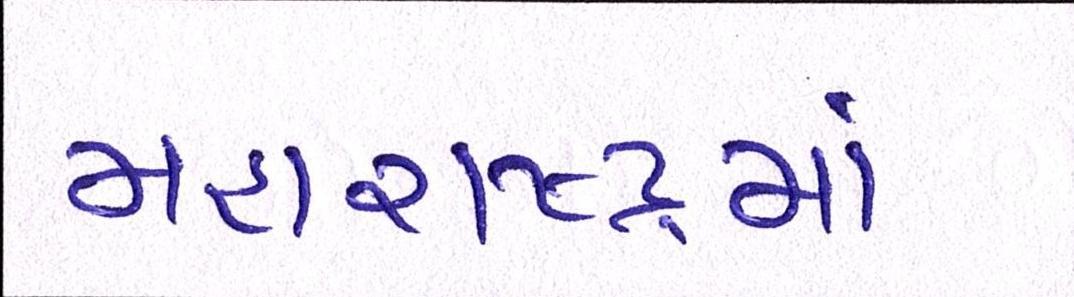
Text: મહારાષ્ટ્રમાં